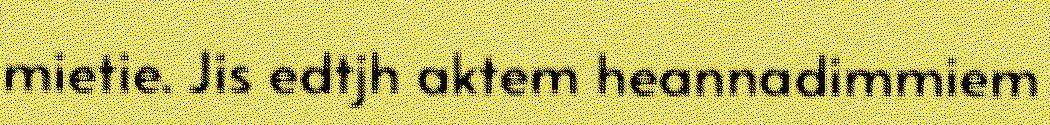
mietie. Jis edtjh aktem heannadimmiem